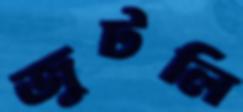
জুটলি